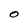
Character: O